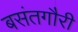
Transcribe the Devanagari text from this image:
बसंतगौरी